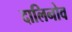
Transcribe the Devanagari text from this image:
दालिनोव